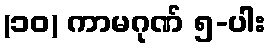
(၁၀) ကာမဂုဏ် ၅-ပါး